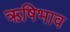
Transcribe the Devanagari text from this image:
ऋषिभाव